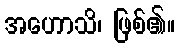
အဟောသိ၊ ဖြစ်၏။